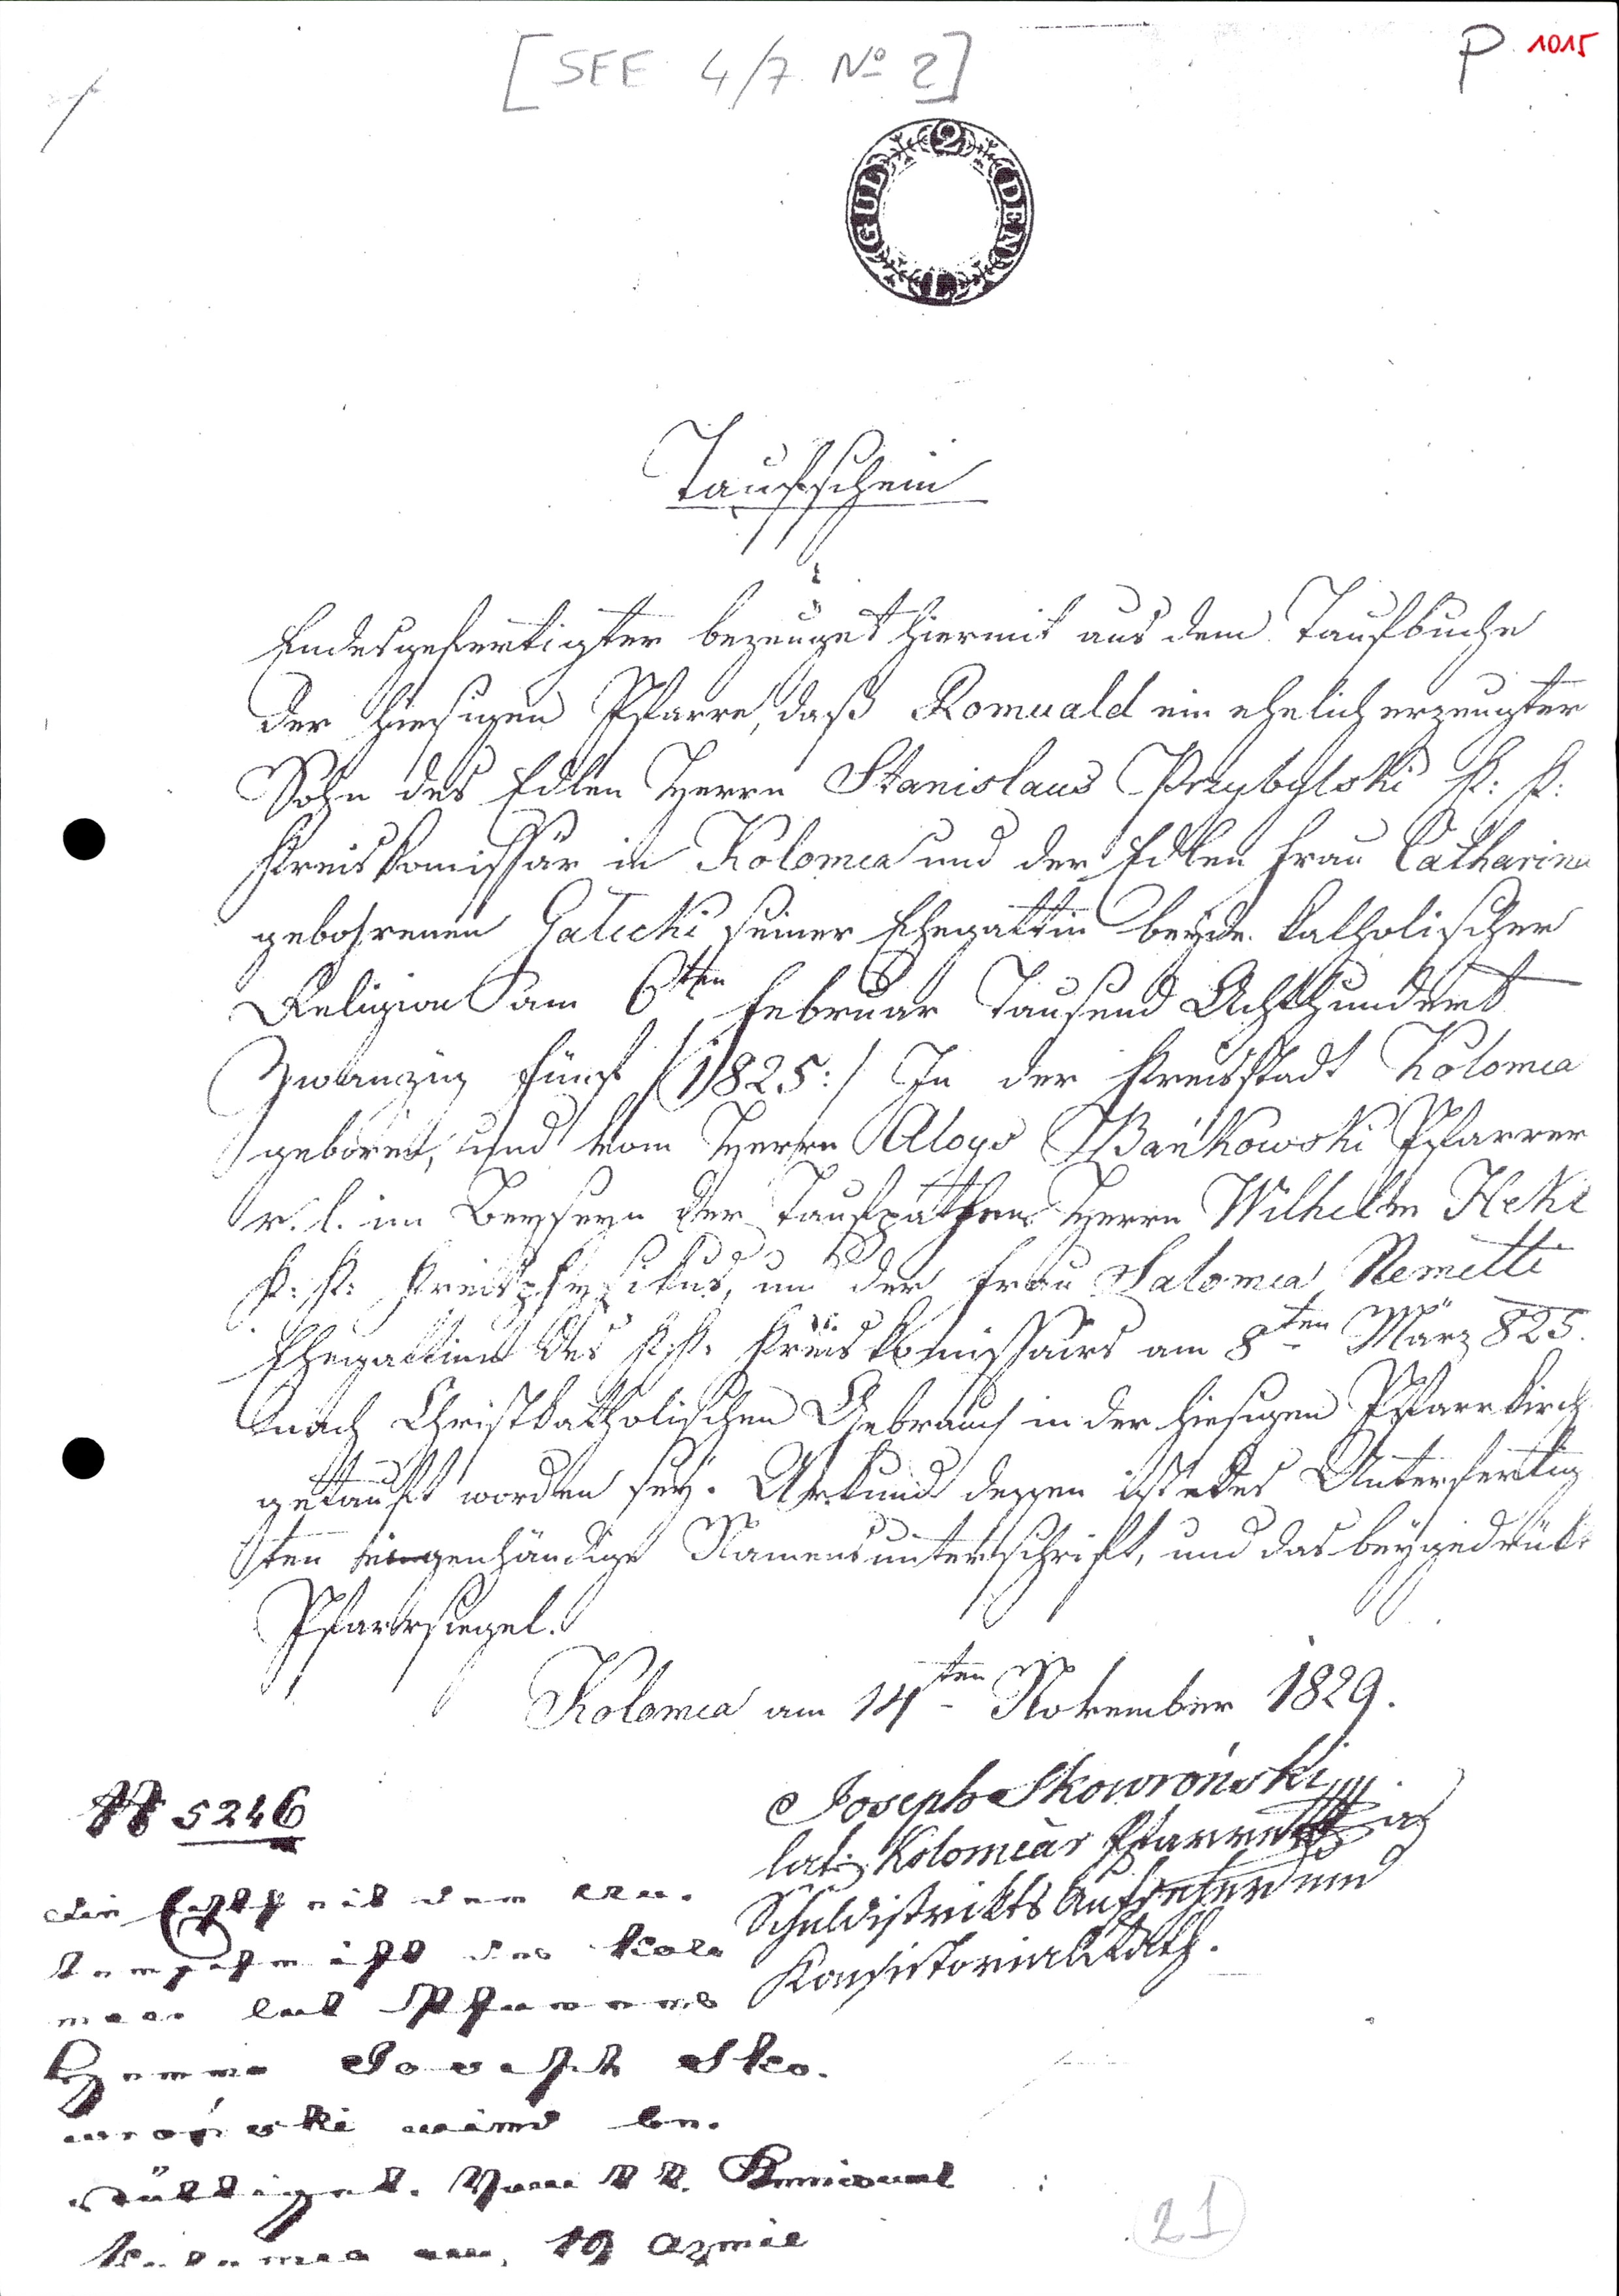
[ SEE  4/7  No 2 ]   P  1015
Taufschein
Endes gefertigter bezeuget hiermit aus dem Taufbuche
der hiesigen Pfarre, daß Romuald ein ehelich erzeugter
Sohn des Edlen Herren Stanislaus Przybylshi k:k:
Kreis Komission ín Kolomea und der Edlen Frau Catharina
gebohrene Gatechi seiner Ehegattin beyde katholischer
Religion am 6 ten Februar Tausend Achthundert
Zwanzig fünf /: 1825 : / In der Kreisstadt Kolomea
geboren, und vom Herrn Aloys Szankowski Pfarrer
r. l. im Beyseyn der Taufpathen Herrn Wilhelm Hekl
k: k: Kreispfxxxsitus, und der Frau Salomia Nemetti
Ehegattin des k: k: Kreis Komissairs am 8 ten März 825
nach Christkatholischen Gebrauch in der hiesigen Pfarrkirche
getrauft worden sey. Urkund dessen ist edes Unterfertig¬
ten eigenhängige Namensunterschrift, und das beygedrükt
Pfarrsiegel.
Kolomea am 14ten November 1829.
Joseph Skowronski
lat. Kolomear Pfarrxxx
Schuldistrikts Aufseher und
Konsistorial Rath.
tt 5246
Die Echtheit der xxx.
xxx  xxx   Kolo¬
mear laut Pfarrer
Herrn Joseph Sko¬
wronski wird be¬
stätiget. xxx k.k. xxx
Kolomea am 19 April
2 J